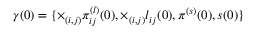
\begin{array} { r } { \gamma ( 0 ) = \{ \times _ { ( i , j ) } \pi _ { i j } ^ { ( l ) } ( 0 ) , \times _ { ( i , j ) } l _ { i j } ( 0 ) , \pi ^ { ( s ) } ( 0 ) , s ( 0 ) \} } \end{array}